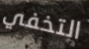
التخفي